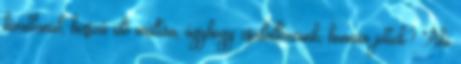
hívatlanul, hosszú idő múltán, úgyhogy csodálkozunk, honnan jöttek? Aki